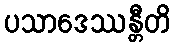
ပသာဒေဿန္တီတိ